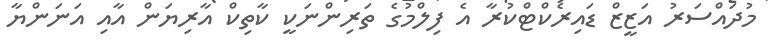
މުދައްސަރު އަޒީޒް ޑައިރެކްޓްކުރާ އެ ފިލްމުގެ ތަރިންނަކީ ކާތިކް އާރިޔަން އާއި އަނަންޔާ